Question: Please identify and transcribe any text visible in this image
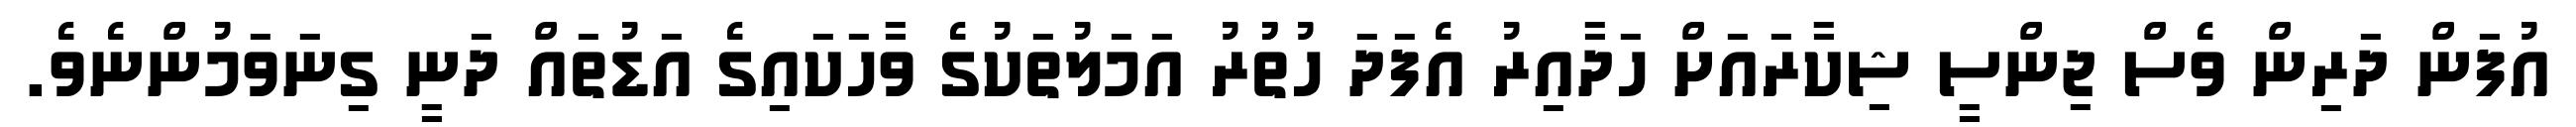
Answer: އުފަން ދަރިން ވެސް ޖިންސީ ޝިކާރައަށް ހަދާއިރު އެފަދަ ހުތުުރު އަމަލުތަކުގެ ވާހަކައިގެ އަޑުތައް ދަނީ ގިނަވަމުންނެވެ.